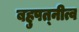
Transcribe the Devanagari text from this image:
बहुपत्‍नीत्व